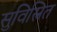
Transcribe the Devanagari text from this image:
सुविस्त्रित